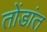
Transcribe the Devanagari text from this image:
तोंडांत